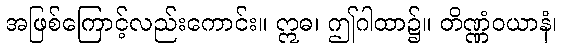
အဖြစ်ကြောင့်လည်းကောင်း။ ဣဓ၊ ဤဂါထာ၌။ တိဏ္ဏံဝယာနံ၊